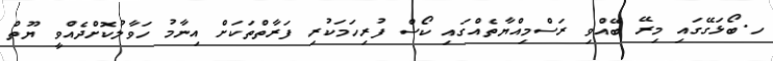
ހ.ބޯޅަގޭގައި މިރޭ ބޭއްވި ރަސްމިއްޔާތެއްގައި ކޯސް ފުރިހަމަކުރި ފަރާތްތަކަށް އިނާމު ހަވާލުކޮށްދެއްވީ ޔޫތް